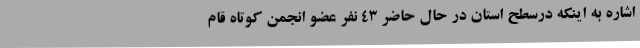
اشاره به اینکه درسطح استان در حال حاضر 43 نفر عضو انجمن کوتاه قام